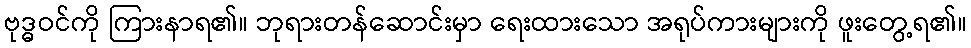
ဗုဒ္ဓဝင်ကို ကြားနာရ၏။ ဘုရားတန်ဆောင်းမှာ ရေးထားသော အရုပ်ကားများကို ဖူးတွေ့ရ၏။